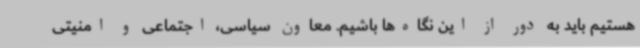
هستیم باید به دور از این نگاه‌ها باشیم. معاون سیاسی، اجتماعی و امنیتی